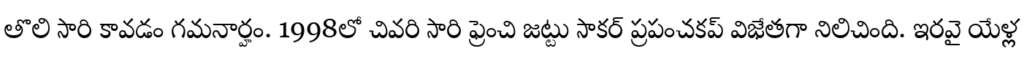
తొలి సారి కావడం గమనార్హం. 1998లో చివరి సారి ఫ్రెంచి జట్టు సాకర్ ప్రపంచకప్ విజేతగా నిలిచింది. ఇరవై యేళ్ల